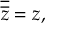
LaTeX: { \overline { { \overline { { z } } } } } = z ,